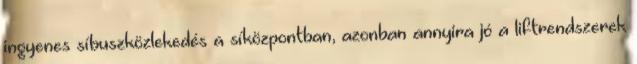
ingyenes síbuszközlekedés a síközpontban, azonban annyira jó a liftrendszerek